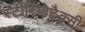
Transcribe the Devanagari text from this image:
स्टीरियोटैक्सी